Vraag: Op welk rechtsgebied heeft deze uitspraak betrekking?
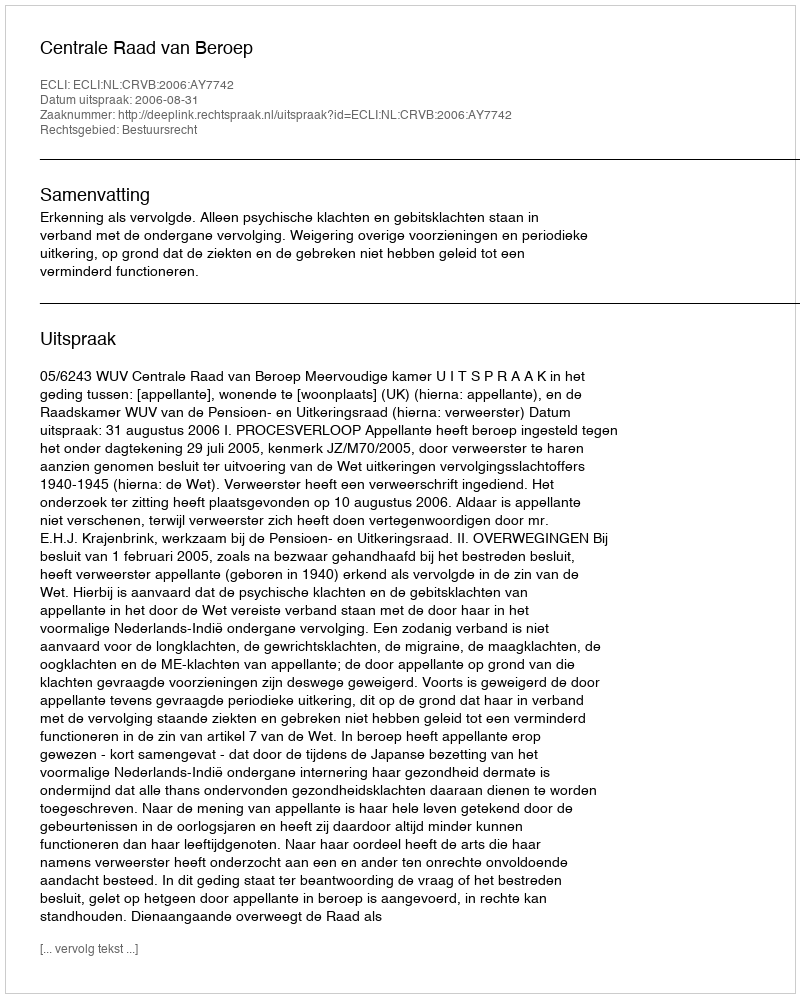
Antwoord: Bestuursrecht